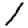
Digit: 1